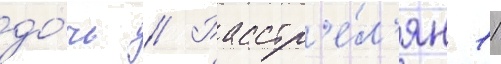
до́чь // Расстр'е́л'ян 11